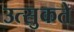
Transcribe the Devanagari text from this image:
उत्सुकते